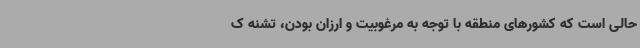
حالی است که کشورهای منطقه با توجه به مرغوبیت و ارزان بودن، تشنه ک